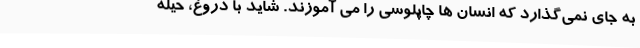
به جای نمی‌گذارد که انسان ها چاپلوسی را می آموزند. شاید با دروغ، حیله